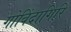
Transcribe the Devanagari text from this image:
गोविंदागिरि